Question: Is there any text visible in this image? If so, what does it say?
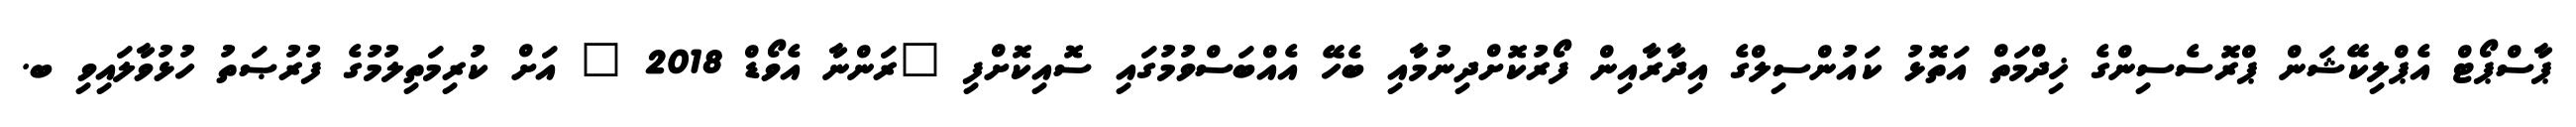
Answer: ޕާސްޕޯޓް އެޕްލިކޭޝަން ޕްރޮސެސިންގެ ޚިދްމަތް އަތޮޅު ކައުންސިލްގެ އިދާރާއިން ފޯރުކޮށްދިނުމާއި ބެހޭ އެއްބަސްވުމުގައި ސޮއިކޮށްފި "ރަންނާ އެވޯޑް 2018 " އަށް ކުރިމަތިލުމުގެ ފުރުޞަތު ހުޅުވާލައިވި ބ.